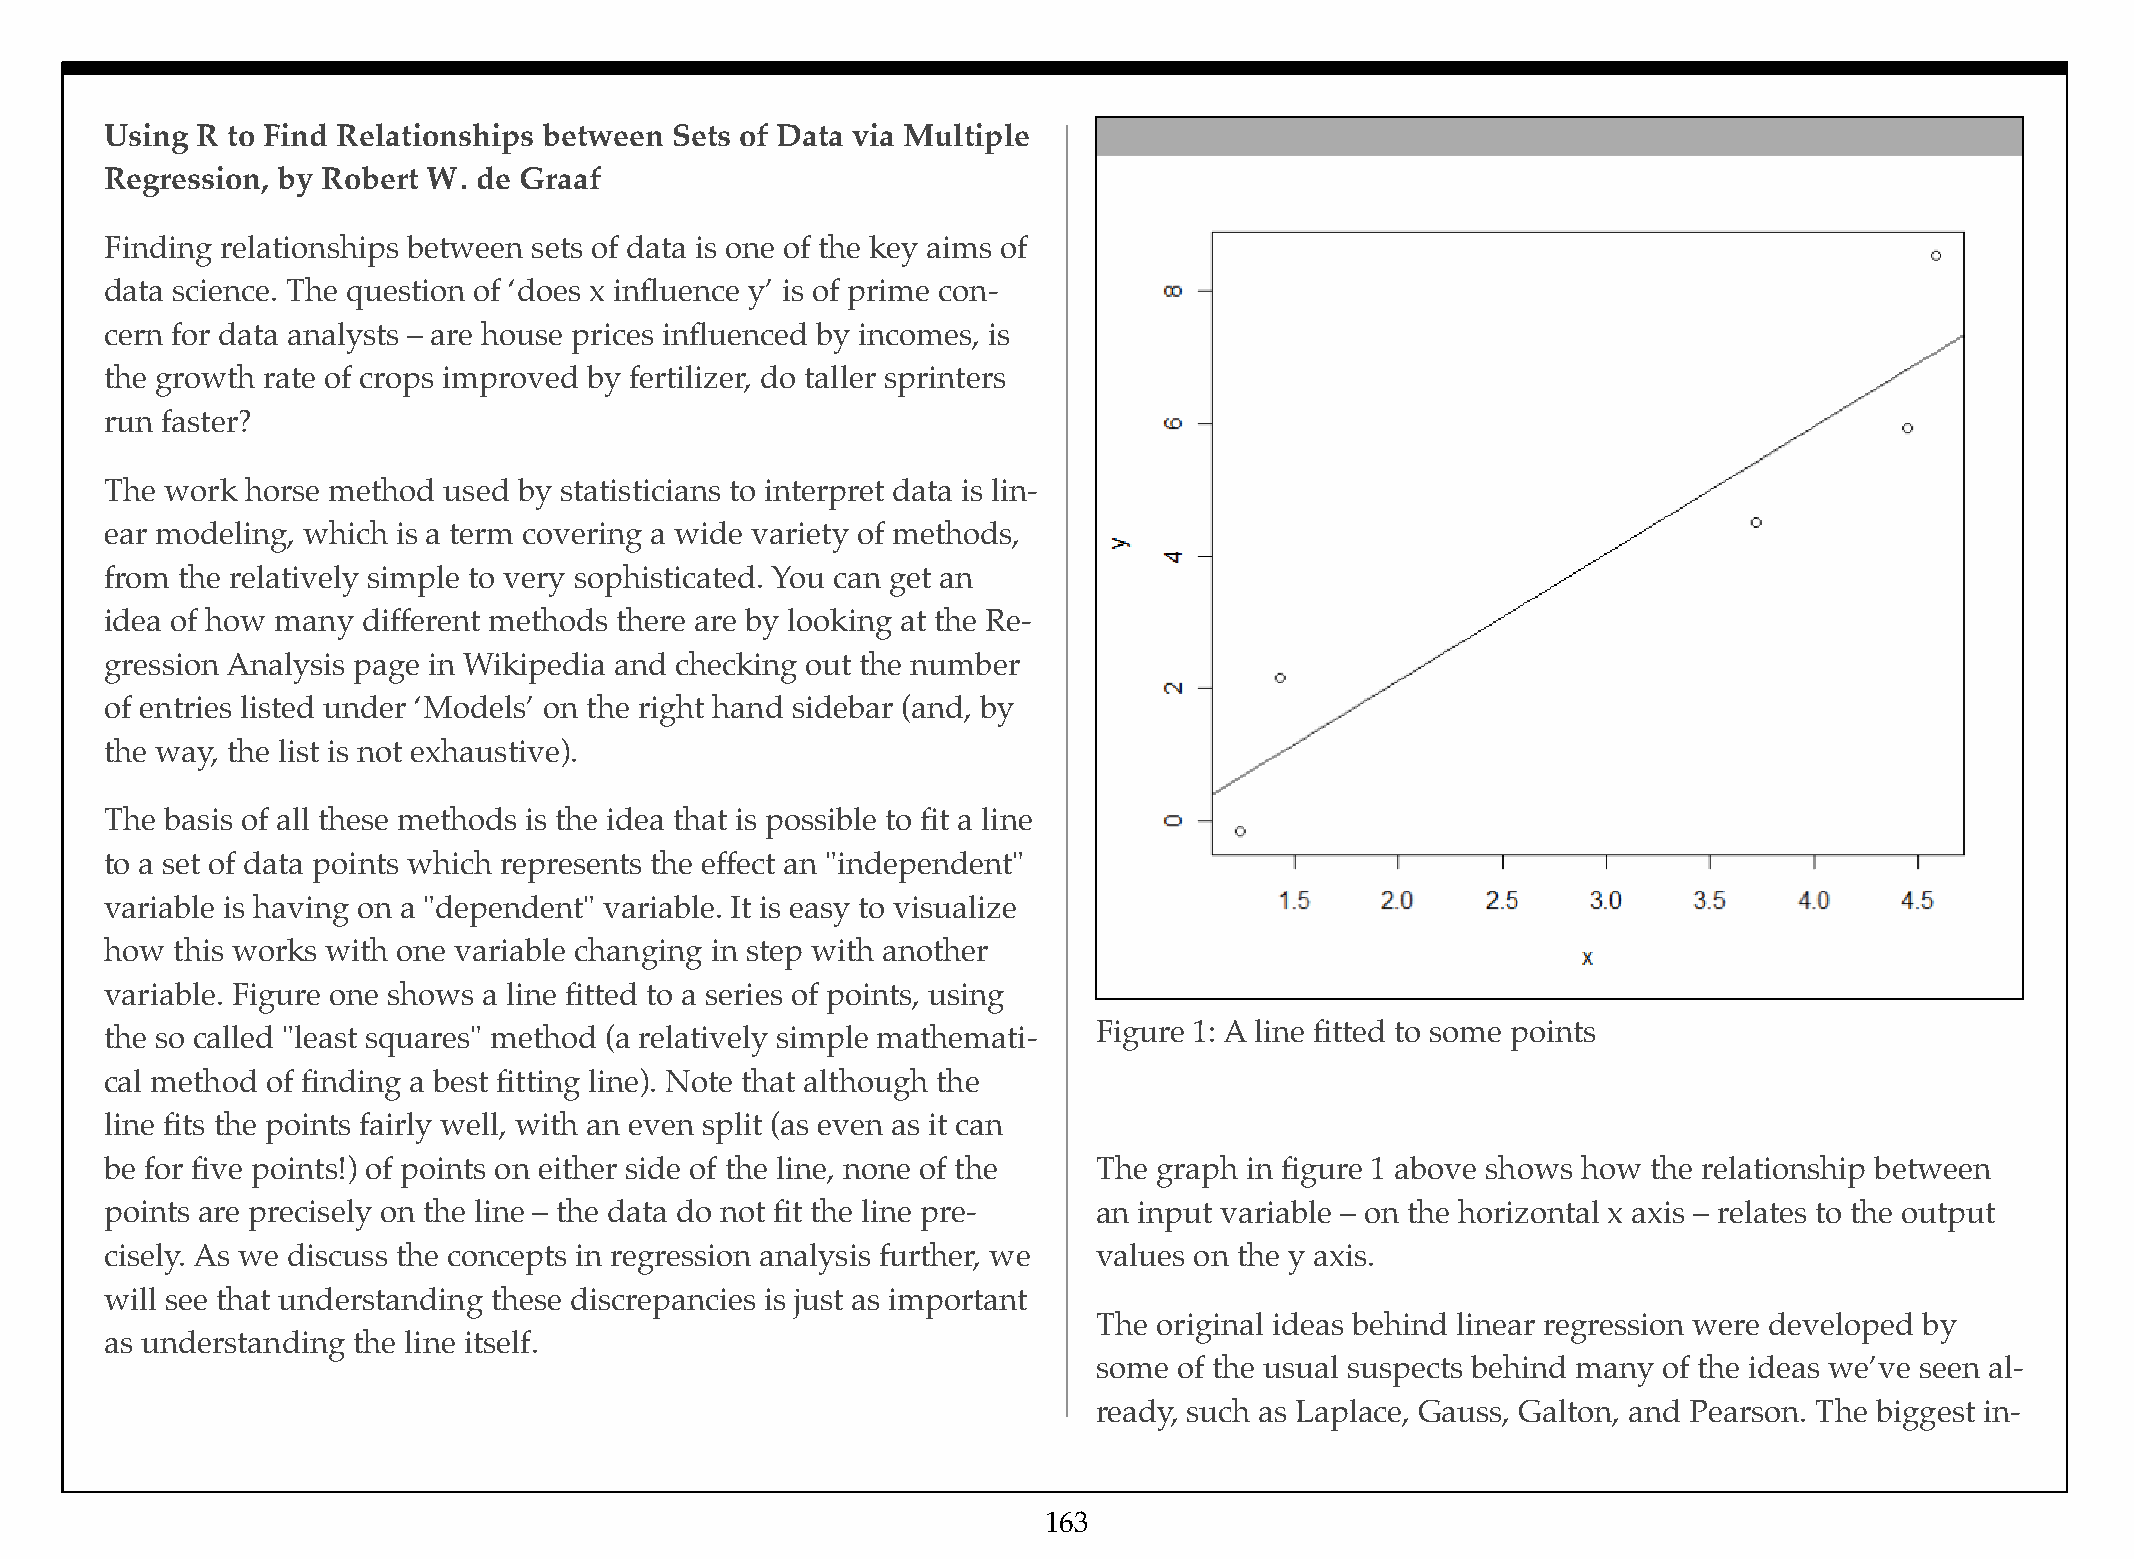
Using R to Find Relationships between Sets of Data via Multiple
 Regression, by Robert W. de Graaf
 Finding relationships between sets of data is one of the key aims of
 data science. The question of ‘does x influence y’ is of prime con-
 cern for data analysts – are house prices influenced by incomes, is
 the growth rate of crops improved by fertilizer, do taller sprinters
 run faster?
 The work horse method used by statisticians to interpret data is lin-
 ear modeling, which is a term covering a wide variety of methods,
 from the relatively simple to very sophisticated. You can get an
 idea of how many different methods there are by looking at the Re-
 gression Analysis page in Wikipedia and checking out the number
 of entries listed under ‘Models’ on the right hand sidebar (and, by
 the way, the list is not exhaustive).
 The basis of all these methods is the idea that is possible to fit a line
 to a set of data points which represents the effect an "independent"
 variable is having on a "dependent" variable. It is easy to visualize
 how this works with one variable changing in step with another
 variable. Figure one shows a line fitted to a series of points, using
 Figure 1: A line fitted to some points
 the so called "least squares" method (a relatively simple mathemati-
 cal method of finding a best fitting line). Note that although the
 line fits the points fairly well, with an even split (as even as it can
 be for five points!) of points on either side of the line, none of the The graph in figure 1 above shows how the relationship between
 points are precisely on the line – the data do not fit the line pre- an input variable – on the horizontal x axis – relates to the output
 cisely. As we discuss the concepts in regression analysis further, we values on the y axis.
 will see that understanding these discrepancies is just as important
 The original ideas behind linear regression were developed by
 as understanding the line itself.
 some of the usual suspects behind many of the ideas we’ve seen al-
 ready, such as Laplace, Gauss, Galton, and Pearson. The biggest in-
 163